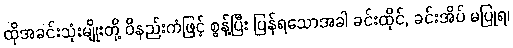
ထိုအခင်းသုံးမျိုးတို့ ဝိနည်းကံဖြင့် စွန့်ပြီး ပြန်ရသောအခါ ခင်းထိုင်, ခင်းအိပ် မပြုရ၊